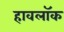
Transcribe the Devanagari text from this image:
हावलॉक